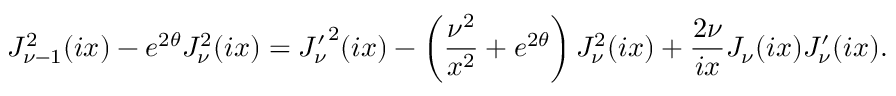
J _ { \nu - 1 } ^ { 2 } ( i x ) - e ^ { 2 \theta } J _ { \nu } ^ { 2 } ( i x ) = { J _ { \nu } ^ { \prime } } ^ { 2 } ( i x ) - \left( { \frac { \nu ^ { 2 } } { x ^ { 2 } } } + e ^ { 2 \theta } \right) J _ { \nu } ^ { 2 } ( i x ) + { \frac { 2 \nu } { i x } } J _ { \nu } ( i x ) J _ { \nu } ^ { \prime } ( i x ) .